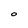
Character: O